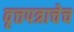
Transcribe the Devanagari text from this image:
वृत्तपत्राचेच